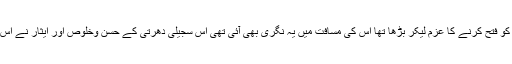
عظیم شہنشاہوں کی سواغ عمریوں میں جابجا ملتے ہیں جب سکندر اعظم دنیا کو فتح کرنے کا عزم لیکر بڑھا تھا اس کی مسافت میں یہ نگری بھی آئی تھی اس سجیلی دھرتی کے حسن وخلوص اور ایثار نے اس کے بڑھتے ہوئے قدم روک لیے تھے اور اسے چند روز یہاں قیام کرنا پڑا ۔